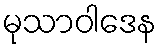
မုသာဝါဒေန